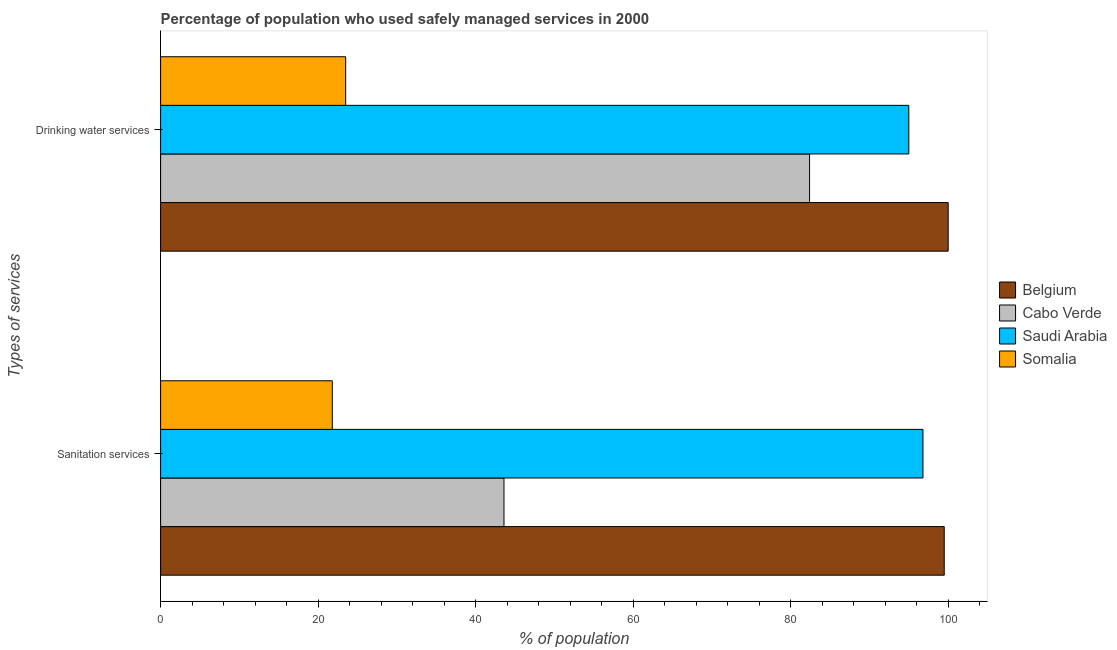
| Types of services | Belgium | Cabo Verde | Saudi Arabia | Somalia |
 | --- | --- | --- | --- | --- |
 | Sanitation services | 99.5 | 43.6 | 96.8 | 21.8 |
 | Drinking water services | 100 | 82.4 | 95 | 23.5 |